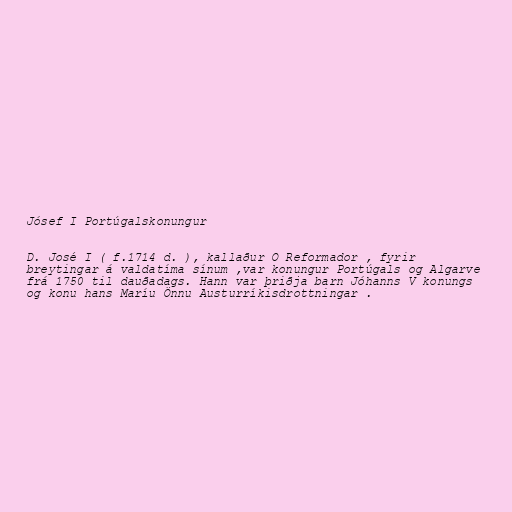
Jósef I Portúgalskonungur

D. José I ( f.1714 d. ), kallaður O Reformador , fyrir
breytingar á valdatíma sínum ,var konungur Portúgals og Algarve
frá 1750 til dauðadags. Hann var þriðja barn Jóhanns V konungs
og konu hans Maríu Önnu Austurríkisdrottningar .